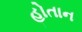
હોતાન